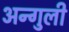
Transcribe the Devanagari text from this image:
अन्गुली